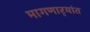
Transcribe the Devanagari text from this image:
मागणार्‍यांत